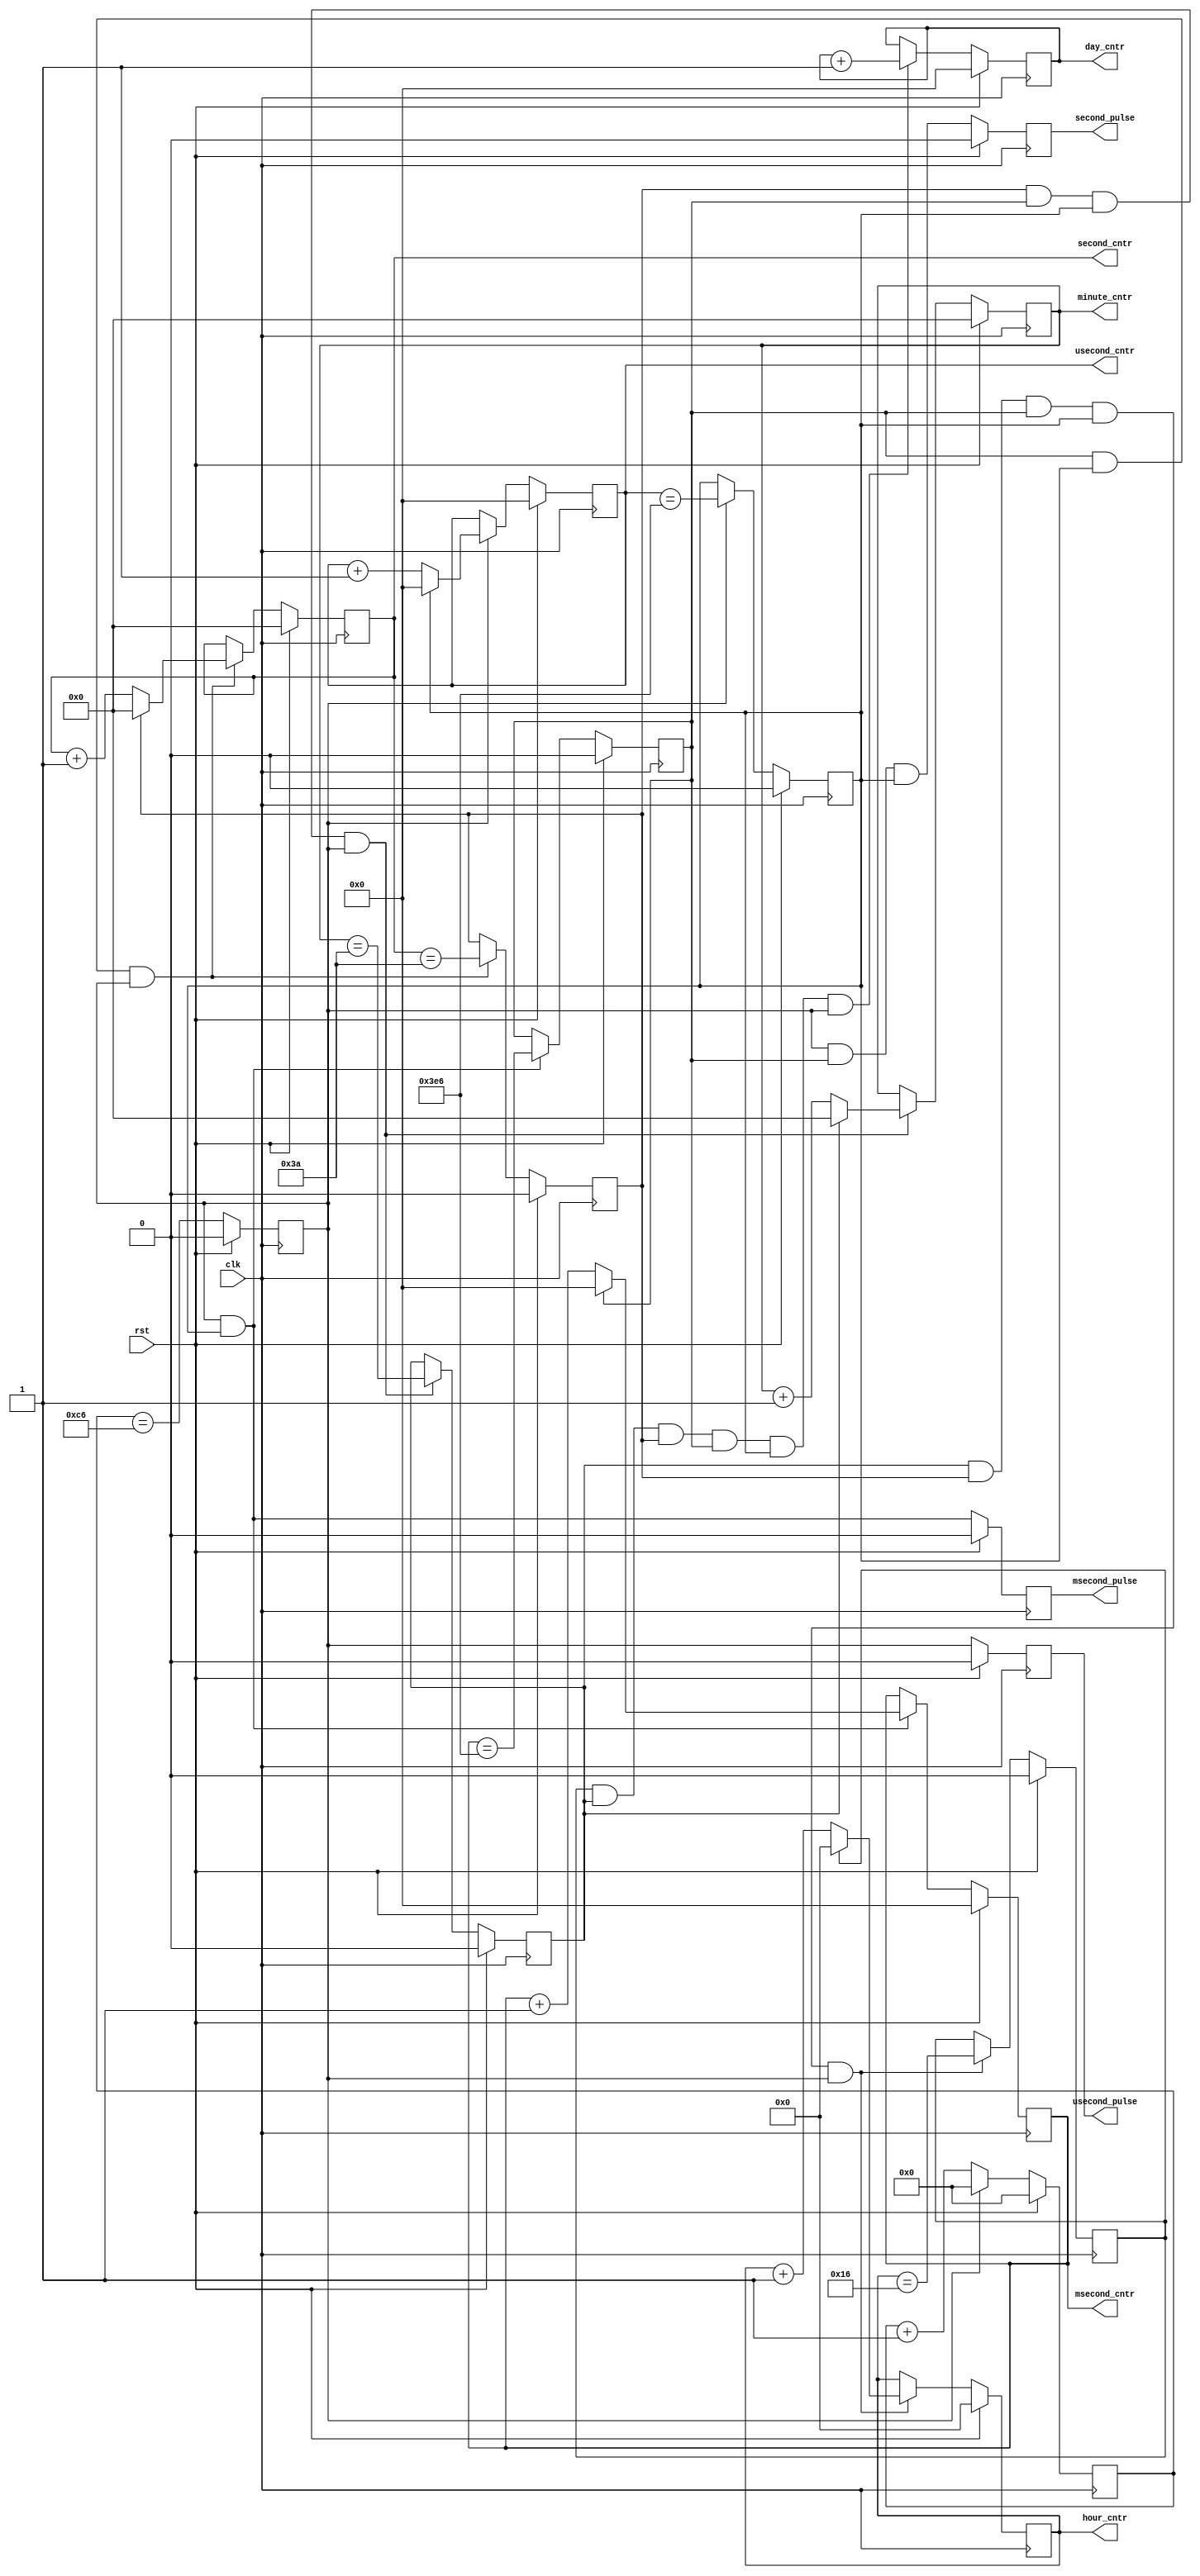
module system_timer (
	input clk,rst,

	output reg [9:0] usecond_cntr,
	output reg [9:0] msecond_cntr,
	output reg [5:0] second_cntr,
	output reg [5:0] minute_cntr,
	output reg [4:0] hour_cntr,
	output reg [9:0] day_cntr,
		
	output reg usecond_pulse,
	output reg msecond_pulse,
	output reg second_pulse
);

parameter CLOCK_MHZ = 200;

reg [7:0] tick_cntr;
reg tick_cntr_max;

// review tick counter design if leaving this range
// initial assert (CLOCK_MHZ > 64 && CLOCK_MHZ < 250);

always @(posedge clk) begin
	if (rst) begin
		tick_cntr <= 0;
		tick_cntr_max <= 0;
	end
	else begin
		if (tick_cntr_max) tick_cntr <= 1'b0;
		else tick_cntr <= tick_cntr + 1'b1;
		tick_cntr_max <= (tick_cntr == (CLOCK_MHZ - 2'd2));
	end
end

/////////////////////////////////
// Count off 1000 us to form 1 ms
/////////////////////////////////
reg usecond_cntr_max;

always @(posedge clk) begin
	if (rst) begin
		usecond_cntr <= 0;
		usecond_cntr_max <= 0;
	end
	else if (tick_cntr_max) begin
		if (usecond_cntr_max) usecond_cntr <= 1'b0;
		else usecond_cntr <= usecond_cntr + 1'b1;
		usecond_cntr_max <= (usecond_cntr == 10'd998);
	end
end

/////////////////////////////////
// Count off 1000 ms to form 1 s
/////////////////////////////////
reg msecond_cntr_max;

always @(posedge clk) begin
	if (rst) begin
		msecond_cntr <= 0;
		msecond_cntr_max <= 0;
	end
	else if (usecond_cntr_max & tick_cntr_max) begin
		if (msecond_cntr_max) msecond_cntr <= 1'b0;
		else msecond_cntr <= msecond_cntr + 1'b1;
		msecond_cntr_max <= (msecond_cntr == 10'd998);
	end
end

/////////////////////////////////
// Count off 60s to form 1 m
/////////////////////////////////
reg second_cntr_max;

always @(posedge clk) begin
	if (rst) begin
		second_cntr <= 0;
		second_cntr_max <= 0;
	end
	else if (msecond_cntr_max & usecond_cntr_max & tick_cntr_max) begin
		if (second_cntr_max) second_cntr <= 1'b0;
		else second_cntr <= second_cntr + 1'b1;
		second_cntr_max <= (second_cntr == 6'd58);
	end
end

/////////////////////////////////
// Count off 60m to form 1hr
/////////////////////////////////
reg minute_cntr_max;

always @(posedge clk) begin
	if (rst) begin
		minute_cntr <= 0;
		minute_cntr_max <= 0;
	end
	else if (second_cntr_max & msecond_cntr_max & 
			usecond_cntr_max & tick_cntr_max) begin
		if (minute_cntr_max) minute_cntr <= 1'b0;
		else minute_cntr <= minute_cntr + 1'b1;
		minute_cntr_max <= (minute_cntr == 6'd58);
	end
end

/////////////////////////////////
// Count off 24h to form 1day
/////////////////////////////////
reg hour_cntr_max;

always @(posedge clk) begin
	if (rst) begin
		hour_cntr <= 0;
		hour_cntr_max <= 0;
	end
	else if (minute_cntr_max & second_cntr_max & msecond_cntr_max &
			 usecond_cntr_max & tick_cntr_max) begin
		if (hour_cntr_max) hour_cntr <= 1'b0;
		else hour_cntr <= hour_cntr + 1'b1;
		hour_cntr_max <= (hour_cntr == 5'd22);
	end
end

/////////////////////////////////
// Count off 1024 days then wrap
/////////////////////////////////
always @(posedge clk) begin
	if (rst) begin
		day_cntr <= 0;
	end
	else if (hour_cntr_max & minute_cntr_max & second_cntr_max & msecond_cntr_max &
			 usecond_cntr_max & tick_cntr_max) begin
		day_cntr <= day_cntr + 1'b1;
	end
end

/////////////////////////////////////
// Filtered output pulses 
/////////////////////////////////////
always @(posedge clk) begin
	if (rst) begin
		usecond_pulse <= 1'b0;
		msecond_pulse <= 1'b0;
		second_pulse <= 1'b0;
	end
	else begin
		usecond_pulse <= tick_cntr_max;
		msecond_pulse <= tick_cntr_max & usecond_cntr_max;
		second_pulse <= tick_cntr_max & msecond_cntr_max & usecond_cntr_max;
	end
end			

endmodule